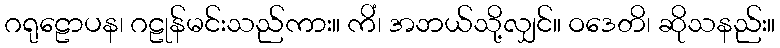
ဂရုဠောပန၊ ဂဠုန်မင်းသည်ကား။ ကိံ၊ အဘယ်သို့လျှင်။ ဝဒေတိ၊ ဆိုသနည်း။